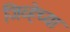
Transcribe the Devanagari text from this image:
जिव्हेच्या